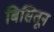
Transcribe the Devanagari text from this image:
बिसितून